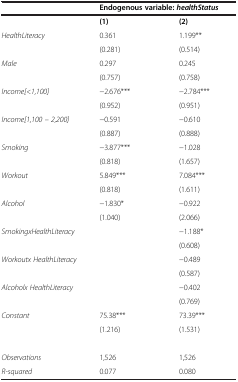
<table><thead><tr><td><b> </b></td><td colspan="2"><b>Endogenous variable: <i>healthStatus</i></b></td></tr></thead><tbody><tr><td> </td><td><b>(1)</b></td><td><b>(2)</b></td></tr><tr><td><i>HealthLiteracy</i></td><td>0.361</td><td>1.199**</td></tr><tr><td> </td><td>(0.281)</td><td>(0.514)</td></tr><tr><td><i>Male</i></td><td>0.297</td><td>0.245</td></tr><tr><td> </td><td>(0.757)</td><td>(0.758)</td></tr><tr><td><i>Income[&lt;1,100]</i></td><td>-2.676***</td><td>-2.784***</td></tr><tr><td> </td><td>(0.952)</td><td>(0.951)</td></tr><tr><td><i>Income[1,100 – 2,200]</i></td><td>-0.591</td><td>-0.610</td></tr><tr><td> </td><td>(0.887)</td><td>(0.888)</td></tr><tr><td><i>Smoking</i></td><td>-3.877***</td><td>-1.028</td></tr><tr><td> </td><td>(0.818)</td><td>(1.657)</td></tr><tr><td><i>Workout</i></td><td>5.849***</td><td>7.084***</td></tr><tr><td> </td><td>(0.818)</td><td>(1.611)</td></tr><tr><td><i>Alcohol</i></td><td>-1.830*</td><td>-0.922</td></tr><tr><td> </td><td>(1.040)</td><td>(2.066)</td></tr><tr><td><i>SmokingxHealthLiteracy</i></td><td> </td><td>-1.188*</td></tr><tr><td> </td><td> </td><td>(0.608)</td></tr><tr><td><i>Workoutx HealthLiteracy</i></td><td> </td><td>-0.489</td></tr><tr><td> </td><td> </td><td>(0.587)</td></tr><tr><td><i>Alcoholx HealthLiteracy</i></td><td> </td><td>-0.402</td></tr><tr><td> </td><td> </td><td>(0.769)</td></tr><tr><td><i>Constant</i></td><td>75.38***</td><td>73.39***</td></tr><tr><td> </td><td>(1.216)</td><td>(1.531)</td></tr><tr><td> </td><td> </td><td> </td></tr><tr><td><i>Observations</i></td><td>1,526</td><td>1,526</td></tr><tr><td><i>R-squared</i></td><td>0.077</td><td>0.080</td></tr></tbody></table>